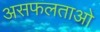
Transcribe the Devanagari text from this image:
असफलताओ